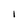
Character: 1